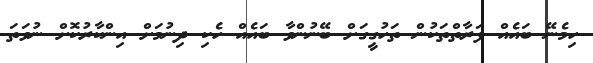
ހިމެނޭ ބައެއް ފަރާތްތަކުން ތަހުގީގަށް ބޭނުންވާ ބައެއް ހެކި ދިނުމަށް އިންކާރުކޮށް ނުވަތަ